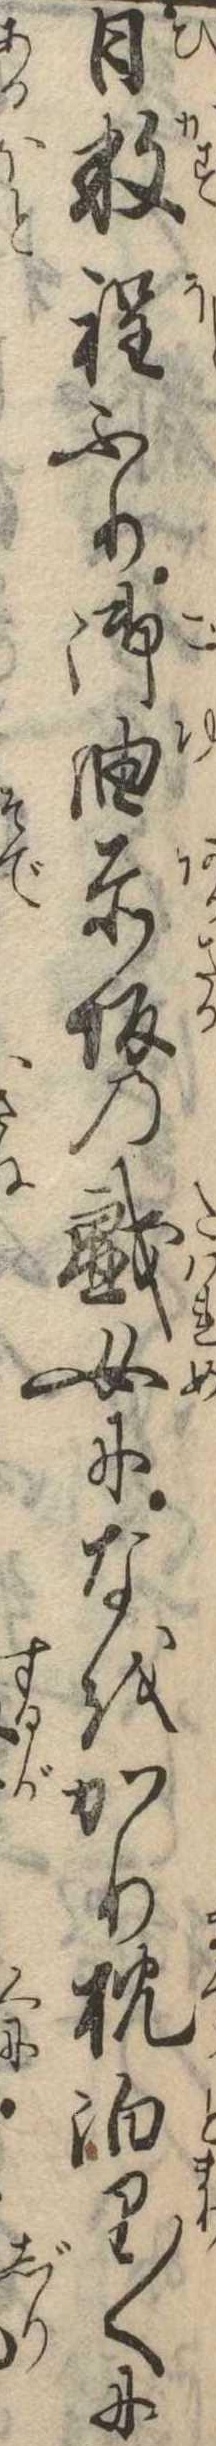
日数程ふり御油赤坂の戯女になをかり枕泊り〱に